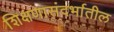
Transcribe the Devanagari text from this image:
शिक्षणासंदर्भातील